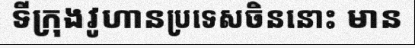
ទីក្រុងវូហានប្រទេសចិននោះ មាន